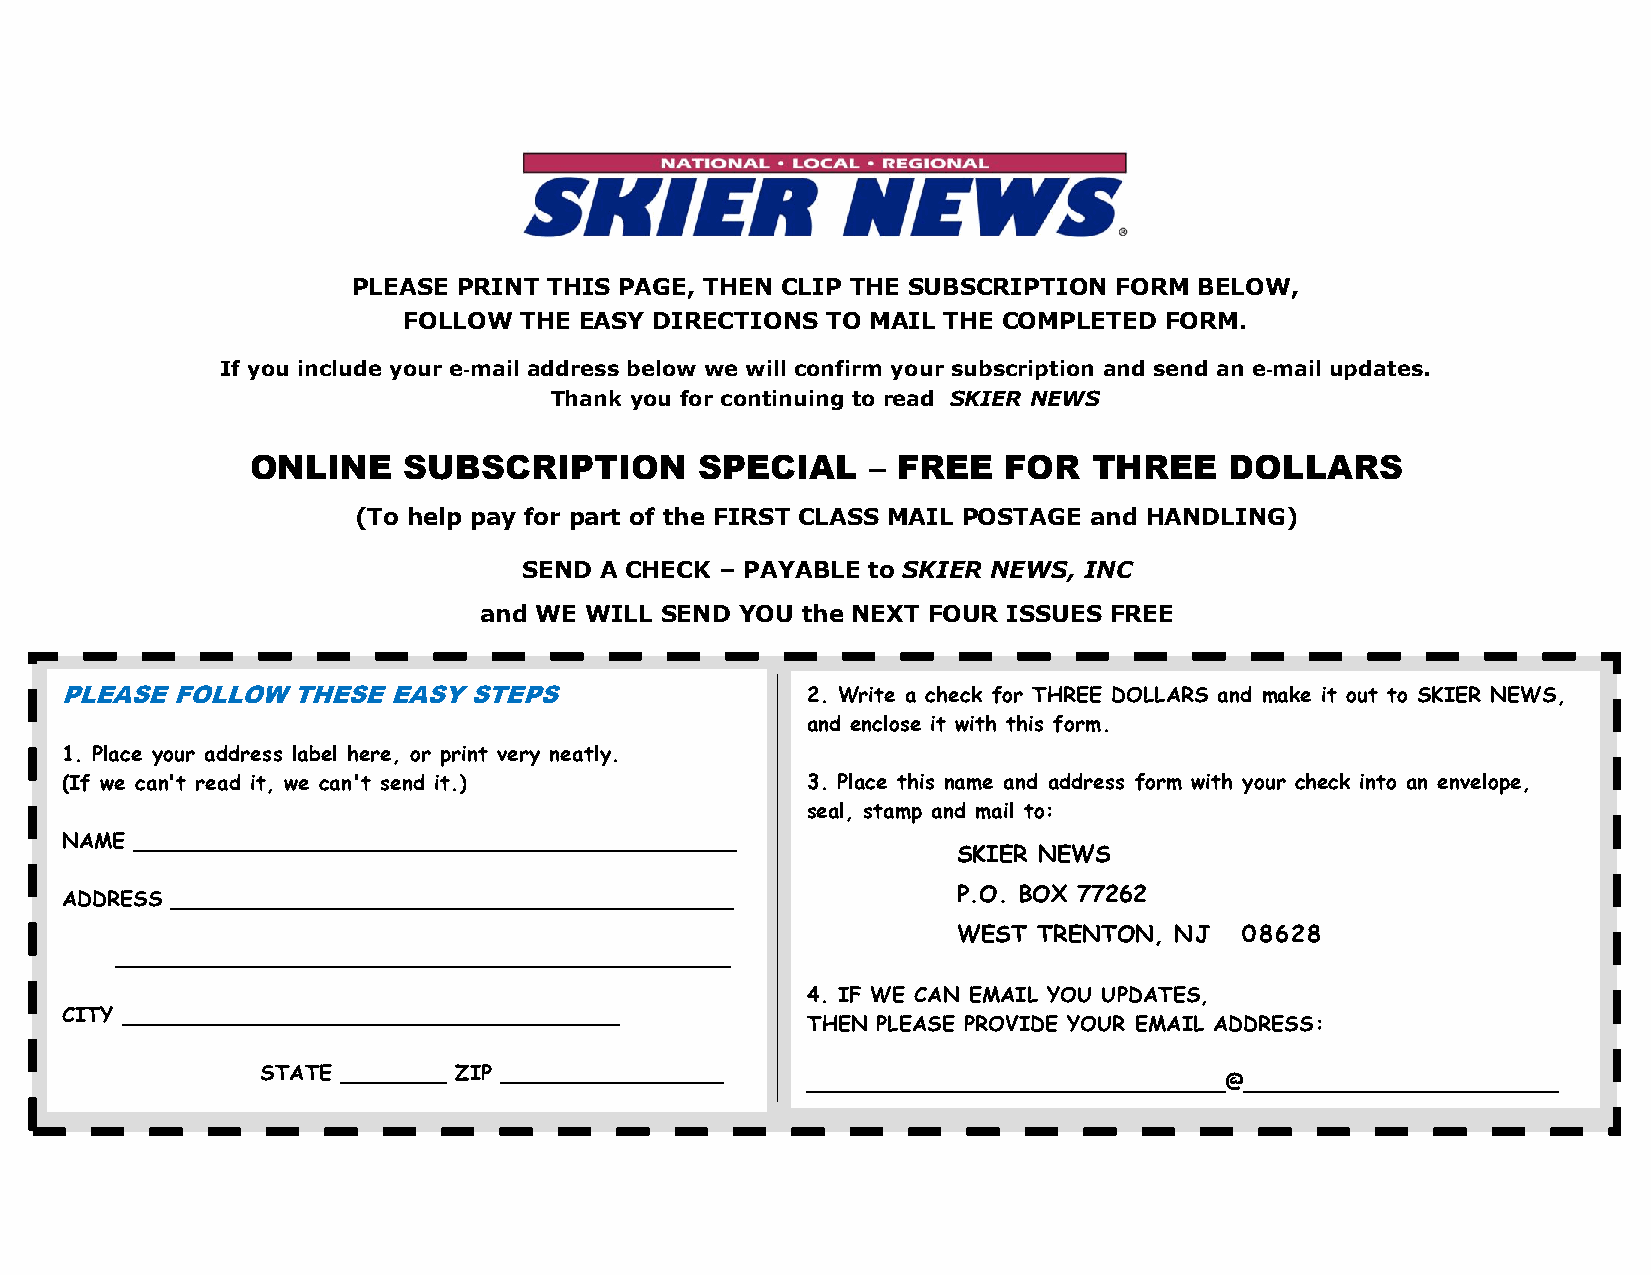
PLEASE PRINT THIS PAGE, THEN CLIP THE SUBSCRIPTION FORM BELOW,
 FOLLOW THE EASY DIRECTIONS  TO MAIL THE COMPLETED FORM.
 If you include your e‐mail address below we will confirm your subscription and send an e‐mail updates.
 Thank you for continuing to read SKIER NEWS
 ONLINE    SUBSCRIPTION       SPECIAL     – FREE  FOR   THREE    DOLLARS
 (To help pay for part of the FIRST CLASS MAIL POSTAGE and HANDLING)
 SEND A CHECK – PAYABLE to SKIER NEWS, INC
 and WE WILL SEND YOU the NEXT FOUR ISSUES FREE
 PLEASE FOLLOW  THESE  EASY STEPS                 2. Write a check for THREE DOLLARS and make it out to SKIER NEWS,
 and enclose it with this form.
 1. Place your address label here, or print very neatly.
 (If we can't read it, we can't send it.)         3. Place this name and address form with your check into an envelope,
 seal, stamp and mail to:
 NAME ______________________________________________
 SKIER NEWS
 ADDRESS ___________________________________________        P.O. BOX 77262
 WEST  TRENTON, NJ  08628
 _______________________________________________
 4. IF WE CAN EMAIL YOU UPDATES,
 CITY ______________________________________
 THEN PLEASE PROVIDE YOUR EMAIL ADDRESS:
 STATE ________ ZIP _________________
 ________________________________@________________________